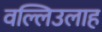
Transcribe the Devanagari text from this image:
वल्लिउलाह